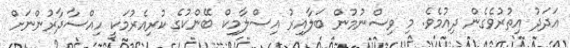
އަދަދު އިތުރުވެގެން ދިއުމެވެ. މި ވިސްނުމުން ބަލާއިރު އިސްލާމިކް ބޭންކުގެ ކުރިއެރުމަކީ ހިއްސާދާރުންނަށް